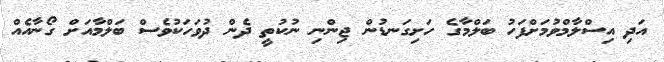
އަދި އިސްލާމްވުމަށްފަހު ބަލްމާގެ ހަށިގަނޑުން ޖިންނި ނުކުތީ ދެން ދުވަހަކުވެސް ބަލްމާއަށް ގޯނާއެއް